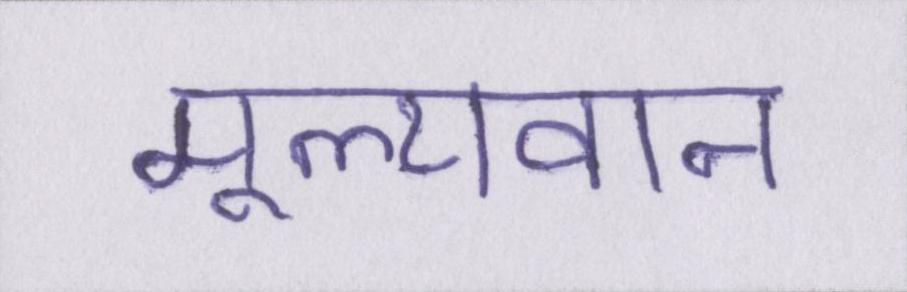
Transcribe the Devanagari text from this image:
मूल्यवान